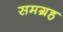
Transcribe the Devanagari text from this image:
समग्रह